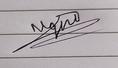
Signature authenticity: genuine